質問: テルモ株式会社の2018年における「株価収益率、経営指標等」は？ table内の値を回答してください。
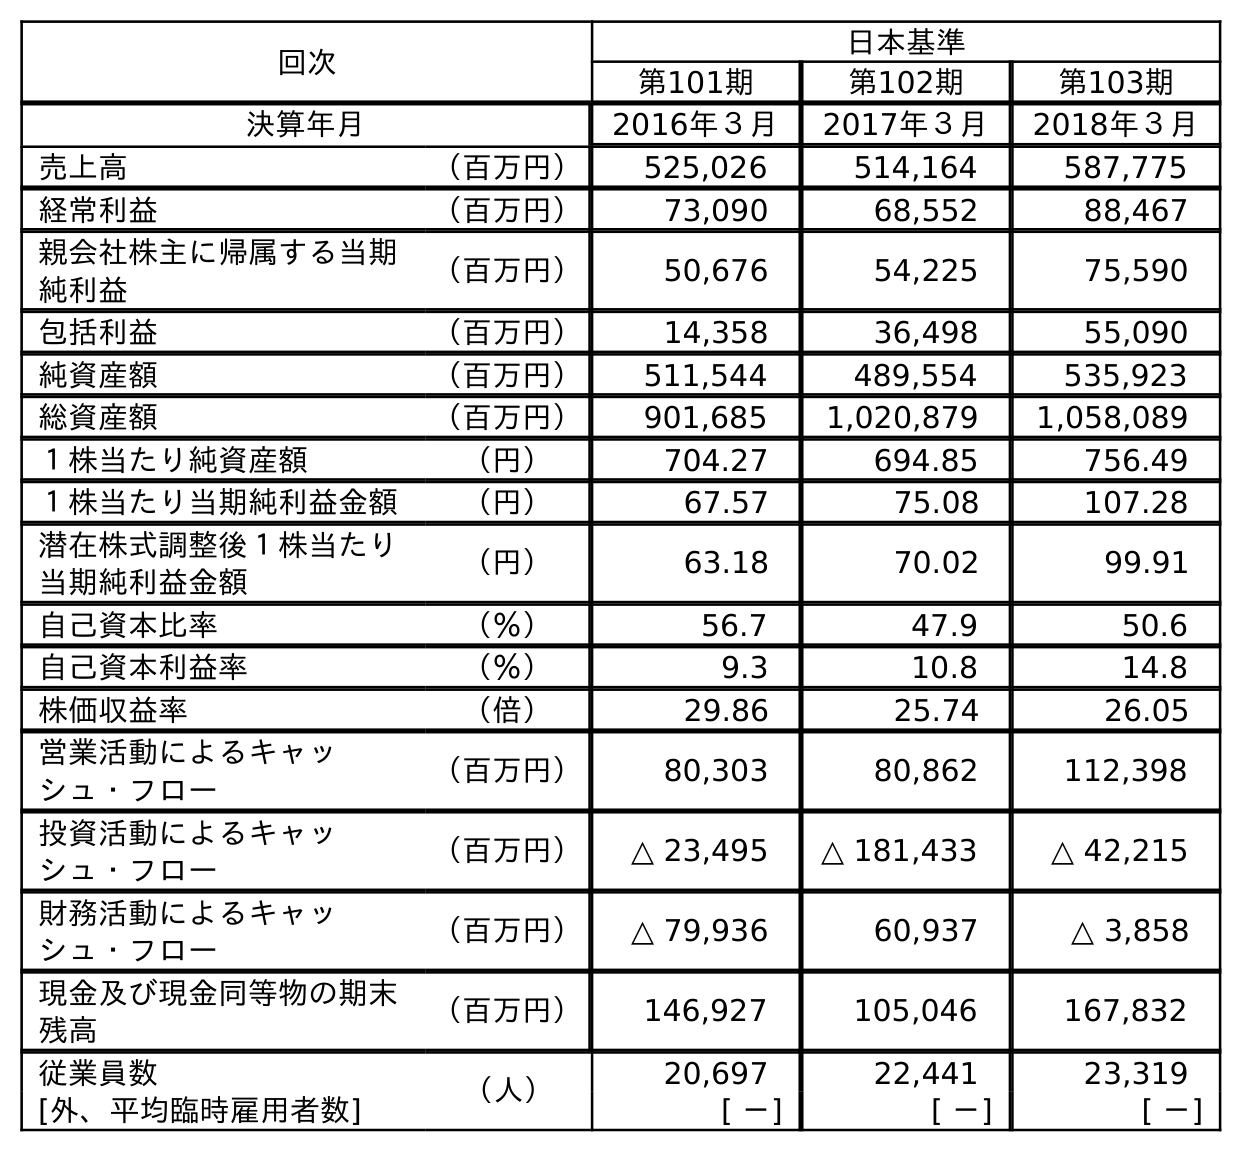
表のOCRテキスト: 回次 日本基準 第101期 第102期 第103期 決算年月 2016年３月 2017年３月 2018年３月 売上高 （百万円） 525,026 514,164 587,775 経常利益 （百万円） 73,090 68,552 88,467 親会社株主に帰属する当期 純利益 （百万円） 50,676 54,225 75,590 包括利益 （百万円） 14,358 36,498 55,090 純資産額 （百万円） 511,544 489,554 535,923 総資産額 （百万円） 901,685 1,020,879 1,058,089 １株当たり純資産額 （円） 704.27 694.85 756.49 １株当たり当期純利益金額 （円） 67.57 75.08 107.28 潜在株式調整後１株当たり 当期純利益金額 （円） 63.18 70.02 99.91 自己資本比率 （％） 56.7 47.9 50.6 自己資本利益率 （％） 9.3 10.8 14.8 株価収益率 （倍） 29.86 25.74 26.05 営業活動によるキャッ シュ・フロー （百万円） 80,303 80,862 112,398 投資活動によるキャッ シュ・フロー （百万円） △ 23,495 △ 181,433 △ 42,215 財務活動によるキャッ シュ・フロー （百万円） △ 79,936 60,937 △ 3,858 現金及び現金同等物の期末 残高 （百万円） 146,927 105,046 167,832 従業員数 （人） 20,697 22,441 23,319 [外、平均臨時雇用者数] [ －] [ －] [ －]
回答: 26.05